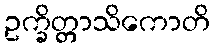
ဥက္ခိတ္တာသိကောတိ